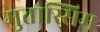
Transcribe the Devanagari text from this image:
मुतास्सिम